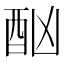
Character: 酗